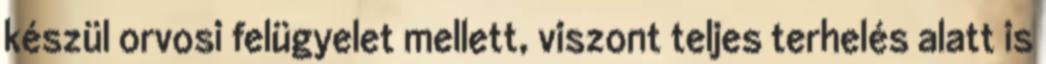
készül orvosi felügyelet mellett, viszont teljes terhelés alatt is